Annual statistical returns and brief notes on vaccination in Bengal - 1887-1898
Year: 1887
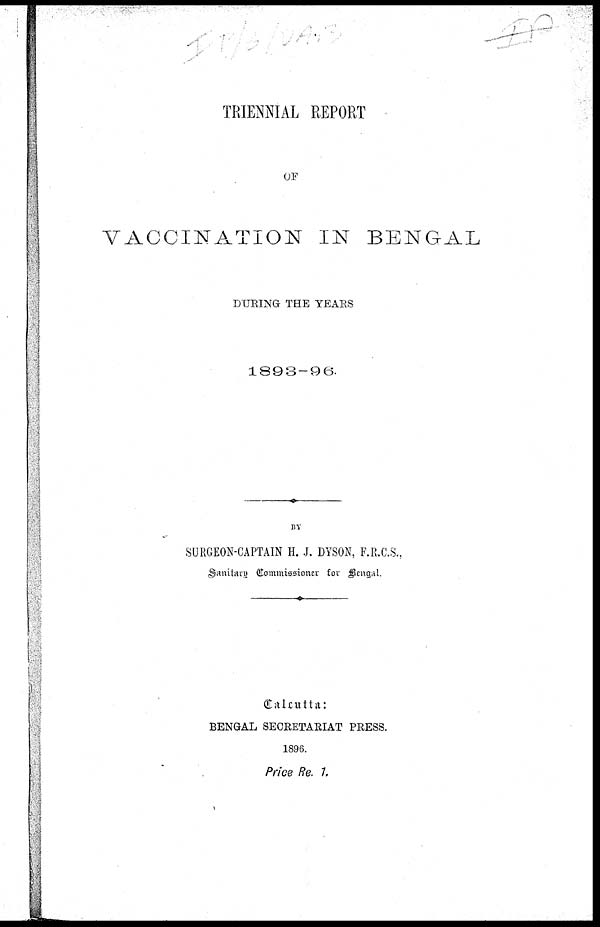
TRIENNIAL REPORT
OF
VACCINATION IN BENGAL
DURING THE YEARS
1893-96.
BY
SURGEON-CAPTAIN H. J. DYSON, F.R.C.S.,
Sanitary Commissioner for Bengal.
Calcutta:
BENGAL SECRETARIAT PRESS.
1896.
Price Re. 1.